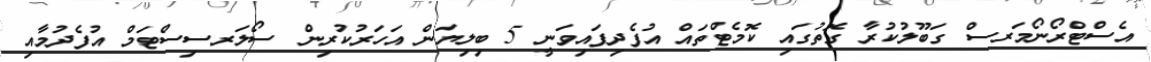
އެސްޓްރޯނޯމަރސް ގަބޫލުކުރާ ގޮތުގައި ކޮމެޓްތައް އުފެދިފައިވަނީ 5 ބިލިޔަން އަހަރުކުރިން ސޯލަރސިސްޓަމް އުފެދުމާއި